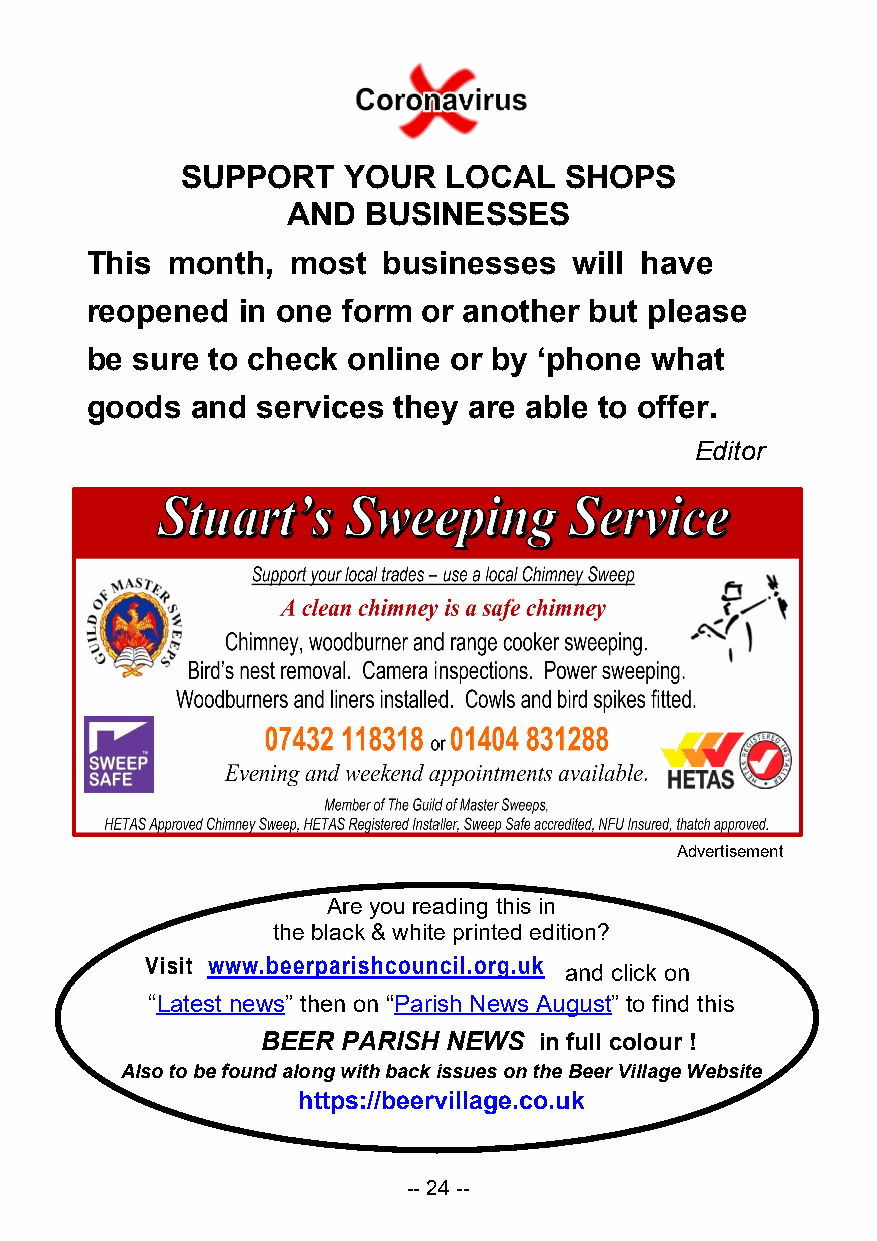
SUPPORT    YOUR   LOCAL  SHOPS
 AND  BUSINESSES
 This month,  most  businesses   will have
 reopened  in one form or another but please
 be sure to check online or by ‘phone what
 goods  and services they are able to offer.
 Editor
 Advertisement
 Are you reading this in
 the black & white printed edition?
 Visit www.beerparishcouncil.org.uk
 and click on
 “Latest news” then on “Parish News August” to find this
 BEER  PARISH NEWS  in full colour !
 Also to be found along with back issues on the Beer Village Website
 https://beervillage.co.uk
 -- 24 --